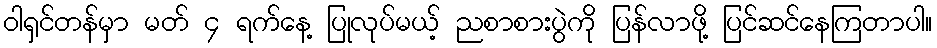
ဝါရှင်တန်မှာ မတ် ၄ ရက်နေ့ ပြုလုပ်မယ့် ညစာစားပွဲကို ပြန်လာဖို့ ပြင်ဆင်နေကြတာပါ။